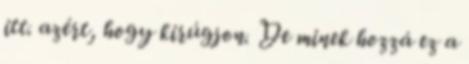
itt. azért, hogy kirúgjon. De minek hozzá ez a